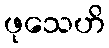
ဖုသေဟိ